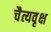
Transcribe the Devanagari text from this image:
चैत्यवृक्ष